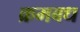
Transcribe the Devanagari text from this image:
क्रमबध